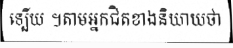
ទ្បើយ ។តាមអ្នកជិតខាងនិយាយថា